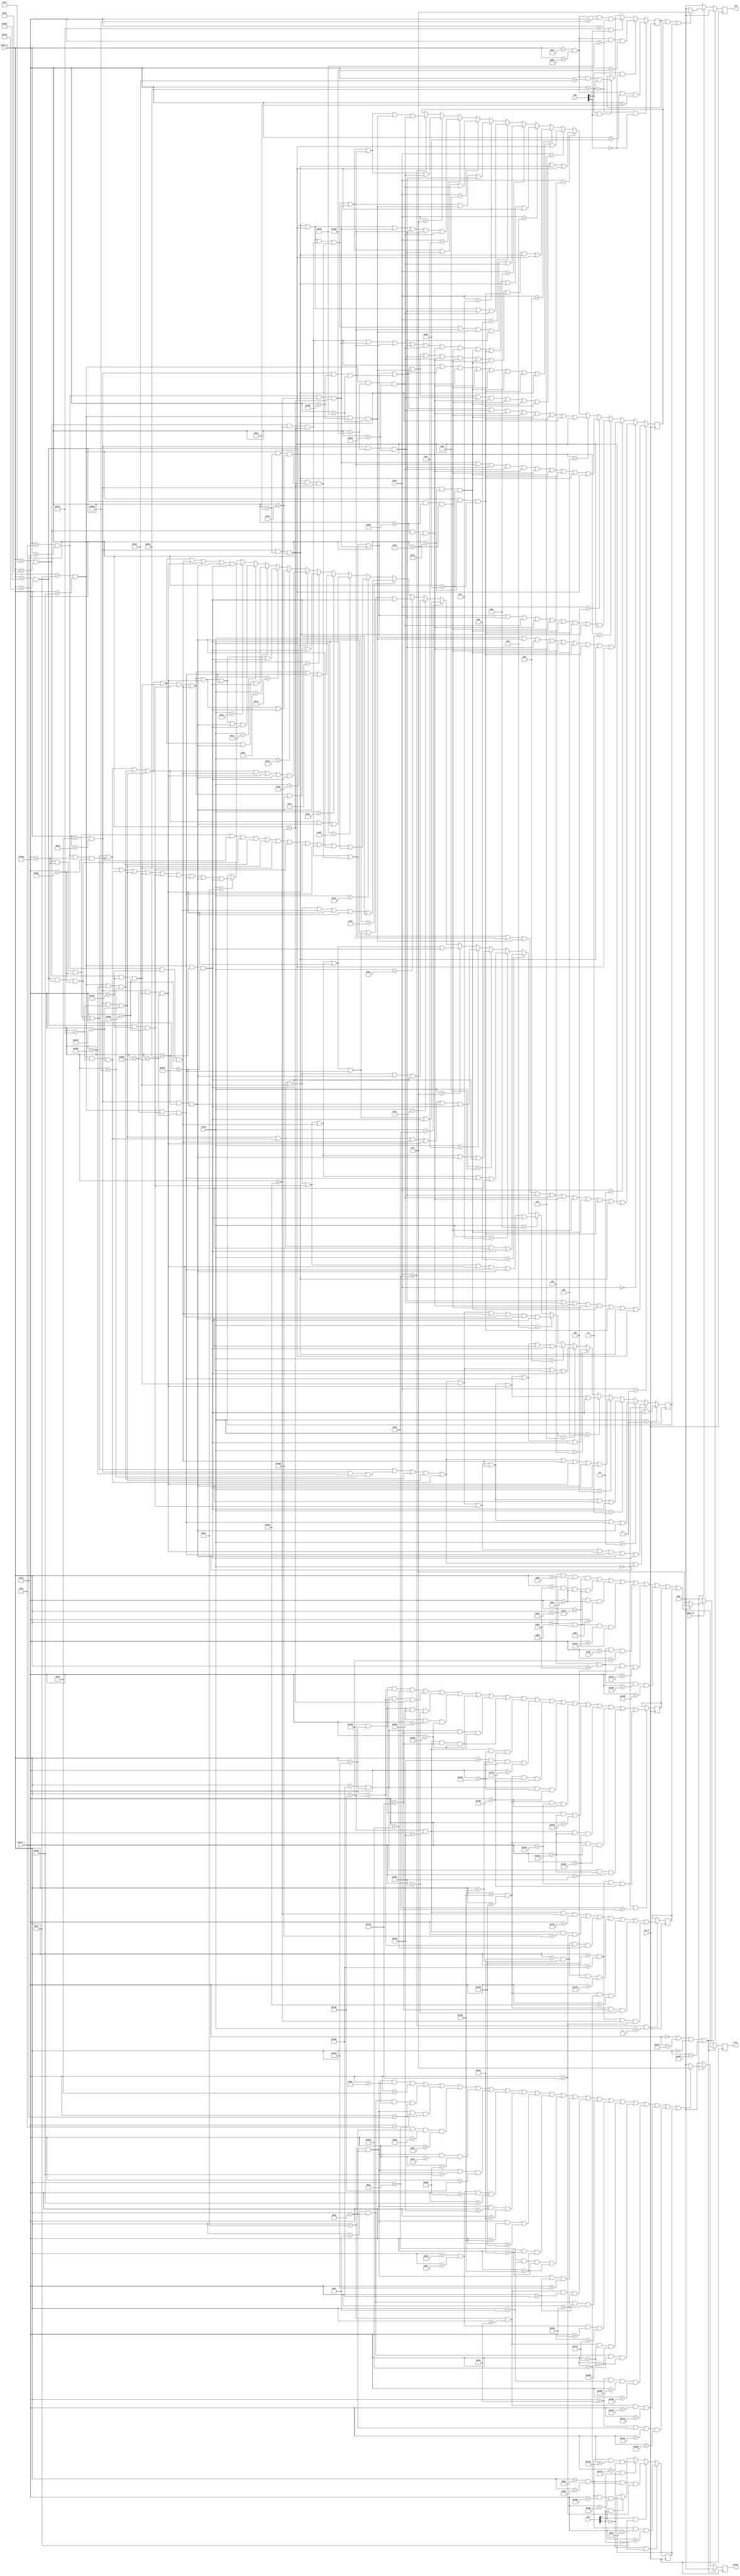
`timescale 1ns / 1ps
//////////////////////////////////////////////////////////////////////////////////
// Company: 
// Engineer: 
// 
// Design Name: 
// Module Name: pixel_gen
// Project Name: 
// Target Devices: 
// Tool Versions: 
// Description: 
// 
// Dependencies: 
// 
// Revision:
// Revision 0.01 - File Created
// Additional Comments:
// 
//////////////////////////////////////////////////////////////////////////////////


module pixel_gen(
  input [4:0] ttime,
  input [4:0] count,
  input [1:0] num,
  input [1:0] pos,
  input clk_d,
  input [9:0] pixel_x,
  input [9:0] pixel_y,
  input video_on,

  output reg [3:0]red = 0,
  output reg [3:0]green = 0,
  output reg [3:0]blue = 0
  
);
  reg a;
  reg b;
  reg c;
  reg d;
  reg e;
  reg f;
  /*box 1
pixel_y > 98 && pixel_y < 138 && pixel_x > 198 && pixel_x < 238 ||
//box 2
pixel_y > 98 && pixel_y < 138 && pixel_x > 266 && pixel_x < 306 ||
//box 3
pixel_y > 98 && pixel_y < 138 && pixel_x > 334 && pixel_x < 374 ||
//box 4
pixel_y > 98 && pixel_y < 138 && pixel_x > 402 && pixel_x < 442 || */
  always @ (posedge clk_d)
      begin 
      if (pos[0] == 0 && pos[1] == 0)
          begin
        // a <=  pixel_x > 32 && pixel_x < 117 && pixel_y > 32 && pixel_y < 117;
        a <= pixel_y > 98 && pixel_y < 138 && pixel_x > 198 && pixel_x < 238;
          end
      else if (pos[0] == 1 && pos[1] == 0)
          begin
          //a <= pixel_x > 32 && pixel_x < 117 && pixel_y > 129 && pixel_y < 214;
          a<= pixel_y > 98 && pixel_y < 138 && pixel_x > 266 && pixel_x < 306;
          end
        else if (pos[0] == 0 && pos[1] == 1)
          begin
         // a <= pixel_x > 32 && pixel_x < 117 && pixel_y > 226 && pixel_y < 311;
         a<= pixel_y > 98 && pixel_y < 138 && pixel_x > 334 && pixel_x < 374;
          end 
        else if (pos[0] == 1 && pos[1] == 1)
          begin
          a<= pixel_y > 98 && pixel_y < 138 && pixel_x > 402 && pixel_x < 442;
          //a <= pixel_x > 32 && pixel_x < 117 && pixel_y > 323 && pixel_y < 408;
          end 
          
          
        if (num[0] == 0 && num[1] == 0)
          begin
            //  b <=  pixel_x > 52 && pixel_x < 97 && pixel_y > 52 && pixel_y < 97;
            b <= pixel_y > 103 && pixel_y < 133 && pixel_x > 203 && pixel_x < 233 ;
          end
      else if (num[0] == 1 && num[1] == 0)
          begin
             //b <= pixel_x > 52 && pixel_x < 97 && pixel_y > 149 && pixel_y < 194;
             b <= pixel_y > 103 && pixel_y < 133 && pixel_x > 271 && pixel_x < 301;
          end
        else if (num[0] == 0 && num[1] == 1)
          begin
            // b <= pixel_x > 52 && pixel_x < 97 && pixel_y > 246 && pixel_y < 291;
            b <= pixel_y > 103 && pixel_y < 133 && pixel_x > 339 && pixel_x < 369;
          end 
        else if (num[0] == 1 && num[1] == 1)
          begin
            //b <= pixel_x > 52 && pixel_x < 97 && pixel_y > 343 && pixel_y < 388;
            b <= pixel_y > 103 && pixel_y < 133 && pixel_x > 407 && pixel_x < 437 ;
          end
          
          if (count == 1)
          begin
            c <= 
//5
pixel_y > 200 && pixel_y < 232 && pixel_x > 301 && pixel_x < 311 ||
//7
pixel_y > 238 && pixel_y < 270 && pixel_x > 301 && pixel_x < 311 || //1
pixel_y > 195 && pixel_y < 205 && pixel_x > 208 && pixel_x < 228 ||
//3
pixel_y > 265 && pixel_y < 275 && pixel_x > 208 && pixel_x < 228 ||
//4
pixel_y > 200 && pixel_y < 232 && pixel_x > 193 && pixel_x < 203 ||
//6
pixel_y > 238 && pixel_y < 270 && pixel_x > 193 && pixel_x < 203 ||
//5
pixel_y > 200 && pixel_y < 232 && pixel_x > 233 && pixel_x < 243 ||
//7
pixel_y > 238 && pixel_y < 270 && pixel_x > 233 && pixel_x < 243; 
          end
          else if (count == 0)
          begin
          c <= pixel_y > 195 && pixel_y < 205 && pixel_x > 276 && pixel_x < 296 ||
//3
pixel_y > 265 && pixel_y < 275 && pixel_x > 276 && pixel_x < 296 ||
//4
pixel_y > 200 && pixel_y < 232 && pixel_x > 261 && pixel_x < 271 ||
//6
pixel_y > 238 && pixel_y < 270 && pixel_x > 261 && pixel_x < 271 ||
//5
pixel_y > 200 && pixel_y < 232 && pixel_x > 301 && pixel_x < 311 ||
//7
pixel_y > 238 && pixel_y < 270 && pixel_x > 301 && pixel_x < 311 || //1

pixel_y > 195 && pixel_y < 205 && pixel_x > 208 && pixel_x < 228 ||
//3
pixel_y > 265 && pixel_y < 275 && pixel_x > 208 && pixel_x < 228 ||
//4
pixel_y > 200 && pixel_y < 232 && pixel_x > 193 && pixel_x < 203 ||
//6
pixel_y > 238 && pixel_y < 270 && pixel_x > 193 && pixel_x < 203 ||
//5
pixel_y > 200 && pixel_y < 232 && pixel_x > 233 && pixel_x < 243 ||
//7
pixel_y > 238 && pixel_y < 270 && pixel_x > 233 && pixel_x < 243 ; 
          
          end 
          else if (count == 2)
          begin
            c <= 
 //1
pixel_y > 195 && pixel_y < 205 && pixel_x > 276 && pixel_x < 296 ||
//3
pixel_y > 265 && pixel_y < 275 && pixel_x > 276 && pixel_x < 296 ||
//2
pixel_y > 230 && pixel_y < 240 && pixel_x > 276 && pixel_x < 296 ||

//6
pixel_y > 238 && pixel_y < 270 && pixel_x > 261 && pixel_x < 271 ||
//5
pixel_y > 200 && pixel_y < 232 && pixel_x > 301 && pixel_x < 311 || //1
pixel_y > 195 && pixel_y < 205 && pixel_x > 208 && pixel_x < 228 ||
//3
pixel_y > 265 && pixel_y < 275 && pixel_x > 208 && pixel_x < 228 ||
//4
pixel_y > 200 && pixel_y < 232 && pixel_x > 193 && pixel_x < 203 ||
//6
pixel_y > 238 && pixel_y < 270 && pixel_x > 193 && pixel_x < 203 ||
//5
pixel_y > 200 && pixel_y < 232 && pixel_x > 233 && pixel_x < 243 ||
//7
pixel_y > 238 && pixel_y < 270 && pixel_x > 233 && pixel_x < 243;
          end
        else if (count == 3) 
          begin
            c <= 
 //1
pixel_y > 195 && pixel_y < 205 && pixel_x > 276 && pixel_x < 296 ||
//3
pixel_y > 265 && pixel_y < 275 && pixel_x > 276 && pixel_x < 296 ||
//2
pixel_y > 230 && pixel_y < 240 && pixel_x > 276 && pixel_x < 296 ||

//5
pixel_y > 200 && pixel_y < 232 && pixel_x > 301 && pixel_x < 311 ||
//7
pixel_y > 238 && pixel_y < 270 && pixel_x > 301 && pixel_x < 311 || //1
pixel_y > 195 && pixel_y < 205 && pixel_x > 208 && pixel_x < 228 ||
//3
pixel_y > 265 && pixel_y < 275 && pixel_x > 208 && pixel_x < 228 ||
//4
pixel_y > 200 && pixel_y < 232 && pixel_x > 193 && pixel_x < 203 ||
//6
pixel_y > 238 && pixel_y < 270 && pixel_x > 193 && pixel_x < 203 ||
//5
pixel_y > 200 && pixel_y < 232 && pixel_x > 233 && pixel_x < 243 ||
//7
pixel_y > 238 && pixel_y < 270 && pixel_x > 233 && pixel_x < 243; 
          end
          else if (count == 4)
          begin
            c <= 
//2
pixel_y > 230 && pixel_y < 240 && pixel_x > 276 && pixel_x < 296 ||
//4
pixel_y > 200 && pixel_y < 232 && pixel_x > 261 && pixel_x < 271 ||

//5
pixel_y > 200 && pixel_y < 232 && pixel_x > 301 && pixel_x < 311 ||
//7
pixel_y > 238 && pixel_y < 270 && pixel_x > 301 && pixel_x < 311 || //1
pixel_y > 195 && pixel_y < 205 && pixel_x > 208 && pixel_x < 228 ||
//3
pixel_y > 265 && pixel_y < 275 && pixel_x > 208 && pixel_x < 228 ||
//4
pixel_y > 200 && pixel_y < 232 && pixel_x > 193 && pixel_x < 203 ||
//6
pixel_y > 238 && pixel_y < 270 && pixel_x > 193 && pixel_x < 203 ||
//5
pixel_y > 200 && pixel_y < 232 && pixel_x > 233 && pixel_x < 243 ||
//7
pixel_y > 238 && pixel_y < 270 && pixel_x > 233 && pixel_x < 243; 


          end
          else if (count == 5)
          begin
            c <= 
 //1
pixel_y > 195 && pixel_y < 205 && pixel_x > 276 && pixel_x < 296 ||
//3
pixel_y > 265 && pixel_y < 275 && pixel_x > 276 && pixel_x < 296 ||
//2
pixel_y > 230 && pixel_y < 240 && pixel_x > 276 && pixel_x < 296 ||
//4
pixel_y > 200 && pixel_y < 232 && pixel_x > 261 && pixel_x < 271 ||


//7
pixel_y > 238 && pixel_y < 270 && pixel_x > 301 && pixel_x < 311 || //1
pixel_y > 195 && pixel_y < 205 && pixel_x > 208 && pixel_x < 228 ||
//3
pixel_y > 265 && pixel_y < 275 && pixel_x > 208 && pixel_x < 228 ||
//4
pixel_y > 200 && pixel_y < 232 && pixel_x > 193 && pixel_x < 203 ||
//6
pixel_y > 238 && pixel_y < 270 && pixel_x > 193 && pixel_x < 203 ||
//5
pixel_y > 200 && pixel_y < 232 && pixel_x > 233 && pixel_x < 243 ||
//7
pixel_y > 238 && pixel_y < 270 && pixel_x > 233 && pixel_x < 243; 
          end
          else if (count == 6)
          begin
            c <= 
 //1
pixel_y > 195 && pixel_y < 205 && pixel_x > 276 && pixel_x < 296 ||
//3
pixel_y > 265 && pixel_y < 275 && pixel_x > 276 && pixel_x < 296 ||
//2
pixel_y > 230 && pixel_y < 240 && pixel_x > 276 && pixel_x < 296 ||
//4
pixel_y > 200 && pixel_y < 232 && pixel_x > 261 && pixel_x < 271 ||
//6
pixel_y > 238 && pixel_y < 270 && pixel_x > 261 && pixel_x < 271 ||

//7
pixel_y > 238 && pixel_y < 270 && pixel_x > 301 && pixel_x < 311 || //1
pixel_y > 195 && pixel_y < 205 && pixel_x > 208 && pixel_x < 228 ||
//3
pixel_y > 265 && pixel_y < 275 && pixel_x > 208 && pixel_x < 228 ||
//4
pixel_y > 200 && pixel_y < 232 && pixel_x > 193 && pixel_x < 203 ||
//6
pixel_y > 238 && pixel_y < 270 && pixel_x > 193 && pixel_x < 203 ||
//5
pixel_y > 200 && pixel_y < 232 && pixel_x > 233 && pixel_x < 243 ||
//7
pixel_y > 238 && pixel_y < 270 && pixel_x > 233 && pixel_x < 243; 
          end
          else if (count == 7)
          begin
            c <= 
 //1
pixel_y > 195 && pixel_y < 205 && pixel_x > 276 && pixel_x < 296 ||




//5
pixel_y > 200 && pixel_y < 232 && pixel_x > 301 && pixel_x < 311 ||
//7
pixel_y > 238 && pixel_y < 270 && pixel_x > 301 && pixel_x < 311 || //1
pixel_y > 195 && pixel_y < 205 && pixel_x > 208 && pixel_x < 228 ||
//3
pixel_y > 265 && pixel_y < 275 && pixel_x > 208 && pixel_x < 228 ||
//4
pixel_y > 200 && pixel_y < 232 && pixel_x > 193 && pixel_x < 203 ||
//6
pixel_y > 238 && pixel_y < 270 && pixel_x > 193 && pixel_x < 203 ||
//5
pixel_y > 200 && pixel_y < 232 && pixel_x > 233 && pixel_x < 243 ||
//7
pixel_y > 238 && pixel_y < 270 && pixel_x > 233 && pixel_x < 243; 
          end
          else if (count == 8)
          begin
            c <= 
 //1
pixel_y > 195 && pixel_y < 205 && pixel_x > 276 && pixel_x < 296 ||
//3
pixel_y > 265 && pixel_y < 275 && pixel_x > 276 && pixel_x < 296 ||
//2
pixel_y > 230 && pixel_y < 240 && pixel_x > 276 && pixel_x < 296 ||
//4
pixel_y > 200 && pixel_y < 232 && pixel_x > 261 && pixel_x < 271 ||
//6
pixel_y > 238 && pixel_y < 270 && pixel_x > 261 && pixel_x < 271 ||
//5
pixel_y > 200 && pixel_y < 232 && pixel_x > 301 && pixel_x < 311 ||
//7
pixel_y > 238 && pixel_y < 270 && pixel_x > 301 && pixel_x < 311 || //1
pixel_y > 195 && pixel_y < 205 && pixel_x > 208 && pixel_x < 228 ||
//3
pixel_y > 265 && pixel_y < 275 && pixel_x > 208 && pixel_x < 228 ||
//4
pixel_y > 200 && pixel_y < 232 && pixel_x > 193 && pixel_x < 203 ||
//6
pixel_y > 238 && pixel_y < 270 && pixel_x > 193 && pixel_x < 203 ||
//5
pixel_y > 200 && pixel_y < 232 && pixel_x > 233 && pixel_x < 243 ||
//7
pixel_y > 238 && pixel_y < 270 && pixel_x > 233 && pixel_x < 243; 
          end
          else if (count == 9)
          begin
            c <= 
 //1
pixel_y > 195 && pixel_y < 205 && pixel_x > 276 && pixel_x < 296 ||
//2
pixel_y > 230 && pixel_y < 240 && pixel_x > 276 && pixel_x < 296 ||
//4
pixel_y > 200 && pixel_y < 232 && pixel_x > 261 && pixel_x < 271 ||

//5
pixel_y > 200 && pixel_y < 232 && pixel_x > 301 && pixel_x < 311 ||
//7
pixel_y > 238 && pixel_y < 270 && pixel_x > 301 && pixel_x < 311 || //1
pixel_y > 195 && pixel_y < 205 && pixel_x > 208 && pixel_x < 228 ||
//3
pixel_y > 265 && pixel_y < 275 && pixel_x > 208 && pixel_x < 228 ||
//4
pixel_y > 200 && pixel_y < 232 && pixel_x > 193 && pixel_x < 203 ||
//6
pixel_y > 238 && pixel_y < 270 && pixel_x > 193 && pixel_x < 203 ||
//5
pixel_y > 200 && pixel_y < 232 && pixel_x > 233 && pixel_x < 243 ||
//7
pixel_y > 238 && pixel_y < 270 && pixel_x > 233 && pixel_x < 243; 
          end
          
          else if (count == 10)
          begin 
         c <= 
//5
pixel_y > 200 && pixel_y < 232 && pixel_x > 233 && pixel_x < 243 ||
//7
pixel_y > 238 && pixel_y < 270 && pixel_x > 233 && pixel_x < 243 || 

pixel_y > 195 && pixel_y < 205 && pixel_x > 276 && pixel_x < 296 ||
//3
pixel_y > 265 && pixel_y < 275 && pixel_x > 276 && pixel_x < 296 ||
//4
pixel_y > 200 && pixel_y < 232 && pixel_x > 261 && pixel_x < 271 ||
//6
pixel_y > 238 && pixel_y < 270 && pixel_x > 261 && pixel_x < 271 ||
//5
pixel_y > 200 && pixel_y < 232 && pixel_x > 301 && pixel_x < 311 ||
//7
pixel_y > 238 && pixel_y < 270 && pixel_x > 301 && pixel_x < 311;
          end 
          else if (count == 11)
          begin 
          c <=
          //number 1
           //1

//5
pixel_y > 200 && pixel_y < 232 && pixel_x > 233 && pixel_x < 243 ||
//7
pixel_y > 238 && pixel_y < 270 && pixel_x > 233 && pixel_x < 243 ||  
       //number 2   
         
//5
pixel_y > 200 && pixel_y < 232 && pixel_x > 301 && pixel_x < 311 ||
//7
pixel_y > 238 && pixel_y < 270 && pixel_x > 301 && pixel_x < 311;
          
    
          end
          
          else if (count == 12)
          begin 
          c <=
          //number 1
          
//5
pixel_y > 200 && pixel_y < 232 && pixel_x > 233 && pixel_x < 243 ||
//7
pixel_y > 238 && pixel_y < 270 && pixel_x > 233 && pixel_x < 243 ||  
       //number 2   
          //1
pixel_y > 195 && pixel_y < 205 && pixel_x > 276 && pixel_x < 296 ||
//3
pixel_y > 265 && pixel_y < 275 && pixel_x > 276 && pixel_x < 296 ||
//2
pixel_y > 230 && pixel_y < 240 && pixel_x > 276 && pixel_x < 296 ||

//6
pixel_y > 238 && pixel_y < 270 && pixel_x > 261 && pixel_x < 271 ||
//5
pixel_y > 200 && pixel_y < 232 && pixel_x > 301 && pixel_x < 311;
          
          end
          else if (count == 13)
          begin 
          c <=
          //number 1

//5
pixel_y > 200 && pixel_y < 232 && pixel_x > 233 && pixel_x < 243 ||
//7
pixel_y > 238 && pixel_y < 270 && pixel_x > 233 && pixel_x < 243 ||  
       //number 2   
          //1
pixel_y > 195 && pixel_y < 205 && pixel_x > 276 && pixel_x < 296 ||
//3
pixel_y > 265 && pixel_y < 275 && pixel_x > 276 && pixel_x < 296 ||
//2
pixel_y > 230 && pixel_y < 240 && pixel_x > 276 && pixel_x < 296 ||


//5
pixel_y > 200 && pixel_y < 232 && pixel_x > 301 && pixel_x < 311 ||
//7
pixel_y > 238 && pixel_y < 270 && pixel_x > 301 && pixel_x < 311;
          
          
          
          
          end
          
          else if (count == 14)
          begin 
          c <=
          //number 1
           //1

//5
pixel_y > 200 && pixel_y < 232 && pixel_x > 233 && pixel_x < 243 ||
//7
pixel_y > 238 && pixel_y < 270 && pixel_x > 233 && pixel_x < 243 ||  
       //number 2   
          

//2
pixel_y > 230 && pixel_y < 240 && pixel_x > 276 && pixel_x < 296 ||
//4
pixel_y > 200 && pixel_y < 232 && pixel_x > 261 && pixel_x < 271 ||

//5
pixel_y > 200 && pixel_y < 232 && pixel_x > 301 && pixel_x < 311 ||
//7
pixel_y > 238 && pixel_y < 270 && pixel_x > 301 && pixel_x < 311;
          
          
          
          end
          
          else if (count == 15)
          begin 
          c <=
          //number 1
           //1
//5
pixel_y > 200 && pixel_y < 232 && pixel_x > 233 && pixel_x < 243 ||
//7
pixel_y > 238 && pixel_y < 270 && pixel_x > 233 && pixel_x < 243 ||  
       //number 2   
          //1
pixel_y > 195 && pixel_y < 205 && pixel_x > 276 && pixel_x < 296 ||
//3
pixel_y > 265 && pixel_y < 275 && pixel_x > 276 && pixel_x < 296 ||
//2
pixel_y > 230 && pixel_y < 240 && pixel_x > 276 && pixel_x < 296 ||
//4
pixel_y > 200 && pixel_y < 232 && pixel_x > 261 && pixel_x < 271 ||
//7
pixel_y > 238 && pixel_y < 270 && pixel_x > 301 && pixel_x < 311;
          
          
          
          
          end
          else if (count >= 16)
          begin 
          c <=
          //number 1
           //1

//5
pixel_y > 200 && pixel_y < 232 && pixel_x > 233 && pixel_x < 243 ||
//7
pixel_y > 238 && pixel_y < 270 && pixel_x > 233 && pixel_x < 243 ||  
       //number 2   
          //1
pixel_y > 195 && pixel_y < 205 && pixel_x > 276 && pixel_x < 296 ||
//3
pixel_y > 265 && pixel_y < 275 && pixel_x > 276 && pixel_x < 296 ||
//2
pixel_y > 230 && pixel_y < 240 && pixel_x > 276 && pixel_x < 296 ||
//4
pixel_y > 200 && pixel_y < 232 && pixel_x > 261 && pixel_x < 271 ||
//6
pixel_y > 238 && pixel_y < 270 && pixel_x > 261 && pixel_x < 271 ||

//7
pixel_y > 238 && pixel_y < 270 && pixel_x > 301 && pixel_x < 311;
          
          
          end
          
          
          
          
          if (ttime == 1)
          begin
            d <= 
            // //1
pixel_y > 195 && pixel_y < 205 && pixel_x > 344 && pixel_x < 364 ||
////3
pixel_y > 265 && pixel_y < 275 && pixel_x > 344 && pixel_x < 364 ||
////4
pixel_y > 200 && pixel_y < 232 && pixel_x > 329 && pixel_x < 339 ||
////6
pixel_y > 238 && pixel_y < 270 && pixel_x > 329 && pixel_x < 339 ||
////5
pixel_y > 200 && pixel_y < 232 && pixel_x > 369 && pixel_x < 379 ||
////7
pixel_y > 238 && pixel_y < 270 && pixel_x > 369 && pixel_x < 379 ||

//5
pixel_y > 200 && pixel_y < 232 && pixel_x > 437 && pixel_x < 447 ||
//7
pixel_y > 238 && pixel_y < 270 && pixel_x > 437 && pixel_x < 447;

          end
else if (ttime == 0)
          begin
            // //1
d <= pixel_y > 195 && pixel_y < 205 && pixel_x > 344 && pixel_x < 364 ||
////3
pixel_y > 265 && pixel_y < 275 && pixel_x > 344 && pixel_x < 364 ||
////4
pixel_y > 200 && pixel_y < 232 && pixel_x > 329 && pixel_x < 339 ||
////6
pixel_y > 238 && pixel_y < 270 && pixel_x > 329 && pixel_x < 339 ||
////5
pixel_y > 200 && pixel_y < 232 && pixel_x > 369 && pixel_x < 379 ||
////7
pixel_y > 238 && pixel_y < 270 && pixel_x > 369 && pixel_x < 379 ||
//1
pixel_y > 195 && pixel_y < 205 && pixel_x > 412 && pixel_x < 432 ||
//3
pixel_y > 265 && pixel_y < 275 && pixel_x > 412 && pixel_x < 432 ||
//4
pixel_y > 200 && pixel_y < 232 && pixel_x > 397 && pixel_x < 407 ||
//6
pixel_y > 238 && pixel_y < 270 && pixel_x > 397 && pixel_x < 407 ||
//5
pixel_y > 200 && pixel_y < 232 && pixel_x > 437 && pixel_x < 447 ||
//7
pixel_y > 238 && pixel_y < 270 && pixel_x > 437 && pixel_x < 447;
          
          end 
else if (ttime == 2)
          begin
            d <= 
// //1
pixel_y > 195 && pixel_y < 205 && pixel_x > 344 && pixel_x < 364 ||
////3
pixel_y > 265 && pixel_y < 275 && pixel_x > 344 && pixel_x < 364 ||
////4
pixel_y > 200 && pixel_y < 232 && pixel_x > 329 && pixel_x < 339 ||
////6
pixel_y > 238 && pixel_y < 270 && pixel_x > 329 && pixel_x < 339 ||
////5
pixel_y > 200 && pixel_y < 232 && pixel_x > 369 && pixel_x < 379 ||
////7
pixel_y > 238 && pixel_y < 270 && pixel_x > 369 && pixel_x < 379 ||
//1
pixel_y > 195 && pixel_y < 205 && pixel_x > 412 && pixel_x < 432 ||
//3
pixel_y > 265 && pixel_y < 275 && pixel_x > 412 && pixel_x < 432 ||
//2
pixel_y > 230 && pixel_y < 240 && pixel_x > 412 && pixel_x < 432 ||
//6
pixel_y > 238 && pixel_y < 270 && pixel_x > 397 && pixel_x < 407 ||
//5
pixel_y > 200 && pixel_y < 232 && pixel_x > 437 && pixel_x < 447;
 
          end

else if (ttime == 3)
          begin
            d <= 
            // //1
pixel_y > 195 && pixel_y < 205 && pixel_x > 344 && pixel_x < 364 ||
////3
pixel_y > 265 && pixel_y < 275 && pixel_x > 344 && pixel_x < 364 ||
////4
pixel_y > 200 && pixel_y < 232 && pixel_x > 329 && pixel_x < 339 ||
////6
pixel_y > 238 && pixel_y < 270 && pixel_x > 329 && pixel_x < 339 ||
////5
pixel_y > 200 && pixel_y < 232 && pixel_x > 369 && pixel_x < 379 ||
////7
pixel_y > 238 && pixel_y < 270 && pixel_x > 369 && pixel_x < 379 ||
//1
pixel_y > 195 && pixel_y < 205 && pixel_x > 412 && pixel_x < 432 ||
//3
pixel_y > 265 && pixel_y < 275 && pixel_x > 412 && pixel_x < 432 ||
//2
pixel_y > 230 && pixel_y < 240 && pixel_x > 412 && pixel_x < 432 ||
//5
pixel_y > 200 && pixel_y < 232 && pixel_x > 437 && pixel_x < 447 ||
//7
pixel_y > 238 && pixel_y < 270 && pixel_x > 437 && pixel_x < 447;


          end



else if (ttime == 4)
          begin
            d <= 
            // //1
pixel_y > 195 && pixel_y < 205 && pixel_x > 344 && pixel_x < 364 ||
////3
pixel_y > 265 && pixel_y < 275 && pixel_x > 344 && pixel_x < 364 ||
////4
pixel_y > 200 && pixel_y < 232 && pixel_x > 329 && pixel_x < 339 ||
////6
pixel_y > 238 && pixel_y < 270 && pixel_x > 329 && pixel_x < 339 ||
////5
pixel_y > 200 && pixel_y < 232 && pixel_x > 369 && pixel_x < 379 ||
////7
pixel_y > 238 && pixel_y < 270 && pixel_x > 369 && pixel_x < 379 ||

//2
pixel_y > 230 && pixel_y < 240 && pixel_x > 412 && pixel_x < 432 ||
//4
pixel_y > 200 && pixel_y < 232 && pixel_x > 397 && pixel_x < 407 ||

//5
pixel_y > 200 && pixel_y < 232 && pixel_x > 437 && pixel_x < 447 ||
//7
pixel_y > 238 && pixel_y < 270 && pixel_x > 437 && pixel_x < 447;


          end
else if (ttime == 5)
          begin
            d <= 
            // //1
pixel_y > 195 && pixel_y < 205 && pixel_x > 344 && pixel_x < 364 ||
////3
pixel_y > 265 && pixel_y < 275 && pixel_x > 344 && pixel_x < 364 ||
////4
pixel_y > 200 && pixel_y < 232 && pixel_x > 329 && pixel_x < 339 ||
////6
pixel_y > 238 && pixel_y < 270 && pixel_x > 329 && pixel_x < 339 ||
////5
pixel_y > 200 && pixel_y < 232 && pixel_x > 369 && pixel_x < 379 ||
////7
pixel_y > 238 && pixel_y < 270 && pixel_x > 369 && pixel_x < 379 ||
//1
pixel_y > 195 && pixel_y < 205 && pixel_x > 412 && pixel_x < 432 ||
//3
pixel_y > 265 && pixel_y < 275 && pixel_x > 412 && pixel_x < 432 ||
//2
pixel_y > 230 && pixel_y < 240 && pixel_x > 412 && pixel_x < 432 ||
//4
pixel_y > 200 && pixel_y < 232 && pixel_x > 397 && pixel_x < 407 ||
//7
pixel_y > 238 && pixel_y < 270 && pixel_x > 437 && pixel_x < 447;
 
          end
else if (ttime == 6)
          begin
            d <= 
            // //1
pixel_y > 195 && pixel_y < 205 && pixel_x > 344 && pixel_x < 364 ||
////3
pixel_y > 265 && pixel_y < 275 && pixel_x > 344 && pixel_x < 364 ||
////4
pixel_y > 200 && pixel_y < 232 && pixel_x > 329 && pixel_x < 339 ||
////6
pixel_y > 238 && pixel_y < 270 && pixel_x > 329 && pixel_x < 339 ||
////5
pixel_y > 200 && pixel_y < 232 && pixel_x > 369 && pixel_x < 379 ||
////7
pixel_y > 238 && pixel_y < 270 && pixel_x > 369 && pixel_x < 379 ||
//1
pixel_y > 195 && pixel_y < 205 && pixel_x > 412 && pixel_x < 432 ||
//3
pixel_y > 265 && pixel_y < 275 && pixel_x > 412 && pixel_x < 432 ||
//2
pixel_y > 230 && pixel_y < 240 && pixel_x > 412 && pixel_x < 432 ||
//4
pixel_y > 200 && pixel_y < 232 && pixel_x > 397 && pixel_x < 407 ||
//6
pixel_y > 238 && pixel_y < 270 && pixel_x > 397 && pixel_x < 407 ||
//7
pixel_y > 238 && pixel_y < 270 && pixel_x > 437 && pixel_x < 447;
 
          end
else if (ttime == 7)
          begin
            d <= 
// //1
pixel_y > 195 && pixel_y < 205 && pixel_x > 344 && pixel_x < 364 ||
////3
pixel_y > 265 && pixel_y < 275 && pixel_x > 344 && pixel_x < 364 ||
////4
pixel_y > 200 && pixel_y < 232 && pixel_x > 329 && pixel_x < 339 ||
////6
pixel_y > 238 && pixel_y < 270 && pixel_x > 329 && pixel_x < 339 ||
////5
pixel_y > 200 && pixel_y < 232 && pixel_x > 369 && pixel_x < 379 ||
////7
pixel_y > 238 && pixel_y < 270 && pixel_x > 369 && pixel_x < 379 ||
//1
pixel_y > 195 && pixel_y < 205 && pixel_x > 412 && pixel_x < 432 ||



//5
pixel_y > 200 && pixel_y < 232 && pixel_x > 437 && pixel_x < 447 ||
//7
pixel_y > 238 && pixel_y < 270 && pixel_x > 437 && pixel_x < 447;
 
          end
else if (ttime == 8)
          begin
            d <= 
            // //1
pixel_y > 195 && pixel_y < 205 && pixel_x > 344 && pixel_x < 364 ||
////3
pixel_y > 265 && pixel_y < 275 && pixel_x > 344 && pixel_x < 364 ||
////4
pixel_y > 200 && pixel_y < 232 && pixel_x > 329 && pixel_x < 339 ||
////6
pixel_y > 238 && pixel_y < 270 && pixel_x > 329 && pixel_x < 339 ||
////5
pixel_y > 200 && pixel_y < 232 && pixel_x > 369 && pixel_x < 379 ||
////7
pixel_y > 238 && pixel_y < 270 && pixel_x > 369 && pixel_x < 379 ||
//1
pixel_y > 195 && pixel_y < 205 && pixel_x > 412 && pixel_x < 432 ||
//3
pixel_y > 265 && pixel_y < 275 && pixel_x > 412 && pixel_x < 432 ||
//2
pixel_y > 230 && pixel_y < 240 && pixel_x > 412 && pixel_x < 432 ||
//4
pixel_y > 200 && pixel_y < 232 && pixel_x > 397 && pixel_x < 407 ||
//6
pixel_y > 238 && pixel_y < 270 && pixel_x > 397 && pixel_x < 407 ||
//5
pixel_y > 200 && pixel_y < 232 && pixel_x > 437 && pixel_x < 447 ||
//7
pixel_y > 238 && pixel_y < 270 && pixel_x > 437 && pixel_x < 447;


          end
else if (ttime == 9)
          begin
            d <= 
            // //1
pixel_y > 195 && pixel_y < 205 && pixel_x > 344 && pixel_x < 364 ||
////3
pixel_y > 265 && pixel_y < 275 && pixel_x > 344 && pixel_x < 364 ||
////4
pixel_y > 200 && pixel_y < 232 && pixel_x > 329 && pixel_x < 339 ||
////6
pixel_y > 238 && pixel_y < 270 && pixel_x > 329 && pixel_x < 339 ||
////5
pixel_y > 200 && pixel_y < 232 && pixel_x > 369 && pixel_x < 379 ||
////7
pixel_y > 238 && pixel_y < 270 && pixel_x > 369 && pixel_x < 379 ||
//1
pixel_y > 195 && pixel_y < 205 && pixel_x > 412 && pixel_x < 432 ||
//2
pixel_y > 230 && pixel_y < 240 && pixel_x > 412 && pixel_x < 432 ||
//4
pixel_y > 200 && pixel_y < 232 && pixel_x > 397 && pixel_x < 407 ||

//5
pixel_y > 200 && pixel_y < 232 && pixel_x > 437 && pixel_x < 447 ||
//7
pixel_y > 238 && pixel_y < 270 && pixel_x > 437 && pixel_x < 447;
 
          end
          
else if (ttime == 10)
          begin 
         d <= 
            ////5
pixel_y > 200 && pixel_y < 232 && pixel_x > 369 && pixel_x < 379 ||
////7
pixel_y > 238 && pixel_y < 270 && pixel_x > 369 && pixel_x < 379 ||
//1
pixel_y > 195 && pixel_y < 205 && pixel_x > 412 && pixel_x < 432 ||
//3
pixel_y > 265 && pixel_y < 275 && pixel_x > 412 && pixel_x < 432 ||
//4
pixel_y > 200 && pixel_y < 232 && pixel_x > 397 && pixel_x < 407 ||
//6
pixel_y > 238 && pixel_y < 270 && pixel_x > 397 && pixel_x < 407 ||
//5
pixel_y > 200 && pixel_y < 232 && pixel_x > 437 && pixel_x < 447 ||
//7
pixel_y > 238 && pixel_y < 270 && pixel_x > 437 && pixel_x < 447;

          end 
else if (ttime== 11)
          begin 
          d <=
            ////5
pixel_y > 200 && pixel_y < 232 && pixel_x > 369 && pixel_x < 379 ||
////7
pixel_y > 238 && pixel_y < 270 && pixel_x > 369 && pixel_x < 379 ||

//5
pixel_y > 200 && pixel_y < 232 && pixel_x > 437 && pixel_x < 447 ||
//7
pixel_y > 238 && pixel_y < 270 && pixel_x > 437 && pixel_x < 447;
          end
          
          else if (ttime== 12)
          begin 
          d <= 
            ////5
pixel_y > 200 && pixel_y < 232 && pixel_x > 369 && pixel_x < 379 ||
////7
pixel_y > 238 && pixel_y < 270 && pixel_x > 369 && pixel_x < 379 ||
//1
pixel_y > 195 && pixel_y < 205 && pixel_x > 412 && pixel_x < 432 ||
//3
pixel_y > 265 && pixel_y < 275 && pixel_x > 412 && pixel_x < 432 ||
//2
pixel_y > 230 && pixel_y < 240 && pixel_x > 412 && pixel_x < 432 ||
//6
pixel_y > 238 && pixel_y < 270 && pixel_x > 397 && pixel_x < 407 ||
//5
pixel_y > 200 && pixel_y < 232 && pixel_x > 437 && pixel_x < 447;
            
          end

else if (ttime== 13)
          begin 
          d <= 
            ////5
pixel_y > 200 && pixel_y < 232 && pixel_x > 369 && pixel_x < 379 ||
////7
pixel_y > 238 && pixel_y < 270 && pixel_x > 369 && pixel_x < 379 ||
//1
pixel_y > 195 && pixel_y < 205 && pixel_x > 412 && pixel_x < 432 ||
//3
pixel_y > 265 && pixel_y < 275 && pixel_x > 412 && pixel_x < 432 ||
//2
pixel_y > 230 && pixel_y < 240 && pixel_x > 412 && pixel_x < 432 ||
//5
pixel_y > 200 && pixel_y < 232 && pixel_x > 437 && pixel_x < 447 ||
//7
pixel_y > 238 && pixel_y < 270 && pixel_x > 437 && pixel_x < 447;
            
          end
else if (ttime== 14)
          begin 
          d <= 
            ////5
pixel_y > 200 && pixel_y < 232 && pixel_x > 369 && pixel_x < 379 ||
////7
pixel_y > 238 && pixel_y < 270 && pixel_x > 369 && pixel_x < 379 ||

//2
pixel_y > 230 && pixel_y < 240 && pixel_x > 412 && pixel_x < 432 ||
//4
pixel_y > 200 && pixel_y < 232 && pixel_x > 397 && pixel_x < 407 ||

//5
pixel_y > 200 && pixel_y < 232 && pixel_x > 437 && pixel_x < 447 ||
//7
pixel_y > 238 && pixel_y < 270 && pixel_x > 437 && pixel_x < 447;
            
          end
else if (ttime== 15)
          begin 
          d <= 
            ////5
pixel_y > 200 && pixel_y < 232 && pixel_x > 369 && pixel_x < 379 ||
////7
pixel_y > 238 && pixel_y < 270 && pixel_x > 369 && pixel_x < 379 ||
//1
pixel_y > 195 && pixel_y < 205 && pixel_x > 412 && pixel_x < 432 ||
//3
pixel_y > 265 && pixel_y < 275 && pixel_x > 412 && pixel_x < 432 ||
//2
pixel_y > 230 && pixel_y < 240 && pixel_x > 412 && pixel_x < 432 ||
//4
pixel_y > 200 && pixel_y < 232 && pixel_x > 397 && pixel_x < 407 ||
//7
pixel_y > 238 && pixel_y < 270 && pixel_x > 437 && pixel_x < 447;
            
          end
else if (ttime== 16)
          begin 
          d <= 
            ////5
pixel_y > 200 && pixel_y < 232 && pixel_x > 369 && pixel_x < 379 ||
////7
pixel_y > 238 && pixel_y < 270 && pixel_x > 369 && pixel_x < 379 ||
//1
pixel_y > 195 && pixel_y < 205 && pixel_x > 412 && pixel_x < 432 ||
//3
pixel_y > 265 && pixel_y < 275 && pixel_x > 412 && pixel_x < 432 ||
//2
pixel_y > 230 && pixel_y < 240 && pixel_x > 412 && pixel_x < 432 ||
//4
pixel_y > 200 && pixel_y < 232 && pixel_x > 397 && pixel_x < 407 ||
//6
pixel_y > 238 && pixel_y < 270 && pixel_x > 397 && pixel_x < 407 ||
//7
pixel_y > 238 && pixel_y < 270 && pixel_x > 437 && pixel_x < 447;
            
          end
else if (ttime== 17)
          begin 
          d <= 
            ////5
pixel_y > 200 && pixel_y < 232 && pixel_x > 369 && pixel_x < 379 ||
////7
pixel_y > 238 && pixel_y < 270 && pixel_x > 369 && pixel_x < 379 ||
//1
pixel_y > 195 && pixel_y < 205 && pixel_x > 412 && pixel_x < 432 ||



//5
pixel_y > 200 && pixel_y < 232 && pixel_x > 437 && pixel_x < 447 ||
//7
pixel_y > 238 && pixel_y < 270 && pixel_x > 437 && pixel_x < 447;
            
          end
else if (ttime== 18)
          begin 
          d <= 
            ////5
pixel_y > 200 && pixel_y < 232 && pixel_x > 369 && pixel_x < 379 ||
////7
pixel_y > 238 && pixel_y < 270 && pixel_x > 369 && pixel_x < 379 ||
//1
pixel_y > 195 && pixel_y < 205 && pixel_x > 412 && pixel_x < 432 ||
//3
pixel_y > 265 && pixel_y < 275 && pixel_x > 412 && pixel_x < 432 ||
//2
pixel_y > 230 && pixel_y < 240 && pixel_x > 412 && pixel_x < 432 ||
//4
pixel_y > 200 && pixel_y < 232 && pixel_x > 397 && pixel_x < 407 ||
//6
pixel_y > 238 && pixel_y < 270 && pixel_x > 397 && pixel_x < 407 ||
//5
pixel_y > 200 && pixel_y < 232 && pixel_x > 437 && pixel_x < 447 ||
//7
pixel_y > 238 && pixel_y < 270 && pixel_x > 437 && pixel_x < 447;
            
          end
else if (ttime== 19)
          begin 
          d <= 
            ////5
pixel_y > 200 && pixel_y < 232 && pixel_x > 369 && pixel_x < 379 ||
////7
pixel_y > 238 && pixel_y < 270 && pixel_x > 369 && pixel_x < 379 ||
//1
pixel_y > 195 && pixel_y < 205 && pixel_x > 412 && pixel_x < 432 ||
//2
pixel_y > 230 && pixel_y < 240 && pixel_x > 412 && pixel_x < 432 ||
//4
pixel_y > 200 && pixel_y < 232 && pixel_x > 397 && pixel_x < 407 ||

//5
pixel_y > 200 && pixel_y < 232 && pixel_x > 437 && pixel_x < 447 ||
//7
pixel_y > 238 && pixel_y < 270 && pixel_x > 437 && pixel_x < 447;
            
          end
else if (ttime== 20)
          begin 
          d <= 
            // //1
pixel_y > 195 && pixel_y < 205 && pixel_x > 344 && pixel_x < 364 ||
////2
pixel_y > 230 && pixel_y < 240 && pixel_x > 344 && pixel_x < 364 ||
////3
pixel_y > 265 && pixel_y < 275 && pixel_x > 344 && pixel_x < 364 ||

////6
pixel_y > 238 && pixel_y < 270 && pixel_x > 329 && pixel_x < 339 ||
////5
pixel_y > 200 && pixel_y < 232 && pixel_x > 369 && pixel_x < 379 ||
//1
pixel_y > 195 && pixel_y < 205 && pixel_x > 412 && pixel_x < 432 ||
//3
pixel_y > 265 && pixel_y < 275 && pixel_x > 412 && pixel_x < 432 ||
//4
pixel_y > 200 && pixel_y < 232 && pixel_x > 397 && pixel_x < 407 ||
//6
pixel_y > 238 && pixel_y < 270 && pixel_x > 397 && pixel_x < 407 ||
//5
pixel_y > 200 && pixel_y < 232 && pixel_x > 437 && pixel_x < 447 ||
//7
pixel_y > 238 && pixel_y < 270 && pixel_x > 437 && pixel_x < 447;
            
          end
else if (ttime== 21)
          begin 
          d <= 
            // //1
pixel_y > 195 && pixel_y < 205 && pixel_x > 344 && pixel_x < 364 ||
////3
pixel_y > 265 && pixel_y < 275 && pixel_x > 344 && pixel_x < 364 ||
////2
pixel_y > 230 && pixel_y < 240 && pixel_x > 344 && pixel_x < 364 ||

////6
pixel_y > 238 && pixel_y < 270 && pixel_x > 329 && pixel_x < 339 ||
////5
pixel_y > 200 && pixel_y < 232 && pixel_x > 369 && pixel_x < 379 ||

//5
pixel_y > 200 && pixel_y < 232 && pixel_x > 437 && pixel_x < 447 ||
//7
pixel_y > 238 && pixel_y < 270 && pixel_x > 437 && pixel_x < 447;
            
          end
else if (ttime== 22)
          begin 
          d <= 
            // //1
pixel_y > 195 && pixel_y < 205 && pixel_x > 344 && pixel_x < 364 ||
////3
pixel_y > 265 && pixel_y < 275 && pixel_x > 344 && pixel_x < 364 ||
////2
pixel_y > 230 && pixel_y < 240 && pixel_x > 344 && pixel_x < 364 ||

////6
pixel_y > 238 && pixel_y < 270 && pixel_x > 329 && pixel_x < 339 ||
////5
pixel_y > 200 && pixel_y < 232 && pixel_x > 369 && pixel_x < 379 ||
//1
pixel_y > 195 && pixel_y < 205 && pixel_x > 412 && pixel_x < 432 ||
//3
pixel_y > 265 && pixel_y < 275 && pixel_x > 412 && pixel_x < 432 ||
//2
pixel_y > 230 && pixel_y < 240 && pixel_x > 412 && pixel_x < 432 ||
//6
pixel_y > 238 && pixel_y < 270 && pixel_x > 397 && pixel_x < 407 ||
//5
pixel_y > 200 && pixel_y < 232 && pixel_x > 437 && pixel_x < 447;
            
          end
else if (ttime== 23)
          begin 
          d <= 
            // //1
pixel_y > 195 && pixel_y < 205 && pixel_x > 344 && pixel_x < 364 ||
////3
pixel_y > 265 && pixel_y < 275 && pixel_x > 344 && pixel_x < 364 ||
////2
pixel_y > 230 && pixel_y < 240 && pixel_x > 344 && pixel_x < 364 ||

////6
pixel_y > 238 && pixel_y < 270 && pixel_x > 329 && pixel_x < 339 ||
////5
pixel_y > 200 && pixel_y < 232 && pixel_x > 369 && pixel_x < 379 ||
//1
pixel_y > 195 && pixel_y < 205 && pixel_x > 412 && pixel_x < 432 ||
//3
pixel_y > 265 && pixel_y < 275 && pixel_x > 412 && pixel_x < 432 ||
//2
pixel_y > 230 && pixel_y < 240 && pixel_x > 412 && pixel_x < 432 ||
//5
pixel_y > 200 && pixel_y < 232 && pixel_x > 437 && pixel_x < 447 ||
//7
pixel_y > 238 && pixel_y < 270 && pixel_x > 437 && pixel_x < 447;
            
          end

else if (ttime== 24)
          begin 
          d <= 
            // //1
pixel_y > 195 && pixel_y < 205 && pixel_x > 344 && pixel_x < 364 ||
////3
pixel_y > 265 && pixel_y < 275 && pixel_x > 344 && pixel_x < 364 ||
////2
pixel_y > 230 && pixel_y < 240 && pixel_x > 344 && pixel_x < 364 ||

////6
pixel_y > 238 && pixel_y < 270 && pixel_x > 329 && pixel_x < 339 ||
////5
pixel_y > 200 && pixel_y < 232 && pixel_x > 369 && pixel_x < 379 ||

//2
pixel_y > 230 && pixel_y < 240 && pixel_x > 412 && pixel_x < 432 ||
//4
pixel_y > 200 && pixel_y < 232 && pixel_x > 397 && pixel_x < 407 ||

//5
pixel_y > 200 && pixel_y < 232 && pixel_x > 437 && pixel_x < 447 ||
//7
pixel_y > 238 && pixel_y < 270 && pixel_x > 437 && pixel_x < 447;
            
          end
else if (ttime== 25)
          begin 
          d <= 
          // //1
pixel_y > 195 && pixel_y < 205 && pixel_x > 344 && pixel_x < 364 ||
////3
pixel_y > 265 && pixel_y < 275 && pixel_x > 344 && pixel_x < 364 ||
////2
pixel_y > 230 && pixel_y < 240 && pixel_x > 344 && pixel_x < 364 ||

////6
pixel_y > 238 && pixel_y < 270 && pixel_x > 329 && pixel_x < 339 ||
////5
pixel_y > 200 && pixel_y < 232 && pixel_x > 369 && pixel_x < 379 ||
            //1
pixel_y > 195 && pixel_y < 205 && pixel_x > 412 && pixel_x < 432 ||
//3
pixel_y > 265 && pixel_y < 275 && pixel_x > 412 && pixel_x < 432 ||
//2
pixel_y > 230 && pixel_y < 240 && pixel_x > 412 && pixel_x < 432 ||
//4
pixel_y > 200 && pixel_y < 232 && pixel_x > 397 && pixel_x < 407 ||
//7
pixel_y > 238 && pixel_y < 270 && pixel_x > 437 && pixel_x < 447;
            
          end
else if (ttime== 26)
          begin 
          d <= 
            // //1
pixel_y > 195 && pixel_y < 205 && pixel_x > 344 && pixel_x < 364 ||
////3
pixel_y > 265 && pixel_y < 275 && pixel_x > 344 && pixel_x < 364 ||
////2
pixel_y > 230 && pixel_y < 240 && pixel_x > 344 && pixel_x < 364 ||

////6
pixel_y > 238 && pixel_y < 270 && pixel_x > 329 && pixel_x < 339 ||
////5
pixel_y > 200 && pixel_y < 232 && pixel_x > 369 && pixel_x < 379 ||
//1
pixel_y > 195 && pixel_y < 205 && pixel_x > 412 && pixel_x < 432 ||
//3
pixel_y > 265 && pixel_y < 275 && pixel_x > 412 && pixel_x < 432 ||
//2
pixel_y > 230 && pixel_y < 240 && pixel_x > 412 && pixel_x < 432 ||
//4
pixel_y > 200 && pixel_y < 232 && pixel_x > 397 && pixel_x < 407 ||
//6
pixel_y > 238 && pixel_y < 270 && pixel_x > 397 && pixel_x < 407 ||
//7
pixel_y > 238 && pixel_y < 270 && pixel_x > 437 && pixel_x < 447;
            
          end
else if (ttime== 27)
          begin 
          d <= 
            // //1
pixel_y > 195 && pixel_y < 205 && pixel_x > 344 && pixel_x < 364 ||
////3
pixel_y > 265 && pixel_y < 275 && pixel_x > 344 && pixel_x < 364 ||
////2
pixel_y > 230 && pixel_y < 240 && pixel_x > 344 && pixel_x < 364 ||

////6
pixel_y > 238 && pixel_y < 270 && pixel_x > 329 && pixel_x < 339 ||
////5
pixel_y > 200 && pixel_y < 232 && pixel_x > 369 && pixel_x < 379 ||
//1
pixel_y > 195 && pixel_y < 205 && pixel_x > 412 && pixel_x < 432 ||



//5
pixel_y > 200 && pixel_y < 232 && pixel_x > 437 && pixel_x < 447 ||
//7
pixel_y > 238 && pixel_y < 270 && pixel_x > 437 && pixel_x < 447;
            
          end
else if (ttime== 28)
          begin 
          d <= 
            // //1
pixel_y > 195 && pixel_y < 205 && pixel_x > 344 && pixel_x < 364 ||
////3
pixel_y > 265 && pixel_y < 275 && pixel_x > 344 && pixel_x < 364 ||
////2
pixel_y > 230 && pixel_y < 240 && pixel_x > 344 && pixel_x < 364 ||

////6
pixel_y > 238 && pixel_y < 270 && pixel_x > 329 && pixel_x < 339 ||
////5
pixel_y > 200 && pixel_y < 232 && pixel_x > 369 && pixel_x < 379 ||
//1
pixel_y > 195 && pixel_y < 205 && pixel_x > 412 && pixel_x < 432 ||
//3
pixel_y > 265 && pixel_y < 275 && pixel_x > 412 && pixel_x < 432 ||
//2
pixel_y > 230 && pixel_y < 240 && pixel_x > 412 && pixel_x < 432 ||
//4
pixel_y > 200 && pixel_y < 232 && pixel_x > 397 && pixel_x < 407 ||
//6
pixel_y > 238 && pixel_y < 270 && pixel_x > 397 && pixel_x < 407 ||
//5
pixel_y > 200 && pixel_y < 232 && pixel_x > 437 && pixel_x < 447 ||
//7
pixel_y > 238 && pixel_y < 270 && pixel_x > 437 && pixel_x < 447;
            
            
          end
else if (ttime== 29)
          begin 
          d <= 
            // //1
pixel_y > 195 && pixel_y < 205 && pixel_x > 344 && pixel_x < 364 ||
////3
pixel_y > 265 && pixel_y < 275 && pixel_x > 344 && pixel_x < 364 ||
////2
pixel_y > 230 && pixel_y < 240 && pixel_x > 344 && pixel_x < 364 ||

////6
pixel_y > 238 && pixel_y < 270 && pixel_x > 329 && pixel_x < 339 ||
////5
pixel_y > 200 && pixel_y < 232 && pixel_x > 369 && pixel_x < 379 ||
//1
pixel_y > 195 && pixel_y < 205 && pixel_x > 412 && pixel_x < 432 ||
//2
pixel_y > 230 && pixel_y < 240 && pixel_x > 412 && pixel_x < 432 ||
//4
pixel_y > 200 && pixel_y < 232 && pixel_x > 397 && pixel_x < 407 ||

//5
pixel_y > 200 && pixel_y < 232 && pixel_x > 437 && pixel_x < 447 ||
//7
pixel_y > 238 && pixel_y < 270 && pixel_x > 437 && pixel_x < 447;
            
          end

else if (ttime== 30)
          begin 
          d <= 
            // //1
pixel_y > 195 && pixel_y < 205 && pixel_x > 344 && pixel_x < 364 ||
////3
pixel_y > 265 && pixel_y < 275 && pixel_x > 344 && pixel_x < 364 ||
////2
pixel_y > 230 && pixel_y < 240 && pixel_x > 344 && pixel_x < 364 ||
////7
pixel_y > 238 && pixel_y < 270 && pixel_x > 369 && pixel_x < 379 ||

////5
pixel_y > 200 && pixel_y < 232 && pixel_x > 369 && pixel_x < 379 ||


//1
pixel_y > 195 && pixel_y < 205 && pixel_x > 412 && pixel_x < 432 ||
//3
pixel_y > 265 && pixel_y < 275 && pixel_x > 412 && pixel_x < 432 ||

//4
pixel_y > 200 && pixel_y < 232 && pixel_x > 397 && pixel_x < 407 ||
//6
pixel_y > 238 && pixel_y < 270 && pixel_x > 397 && pixel_x < 407 ||
//5
pixel_y > 200 && pixel_y < 232 && pixel_x > 437 && pixel_x < 447 ||
//7
pixel_y > 238 && pixel_y < 270 && pixel_x > 437 && pixel_x < 447;
            
          end
          
          
          if (ttime == 0 && count < 16)
          begin 
           e <= pixel_y > 280 && pixel_y < 340 && pixel_x > 256 && pixel_x < 266 ||
pixel_y > 330 && pixel_y < 340 && pixel_x > 256 && pixel_x < 296 ||
pixel_y > 280 && pixel_y < 340 && pixel_x > 306 && pixel_x < 316 ||
pixel_y > 280 && pixel_y < 340 && pixel_x > 336 && pixel_x < 346 ||
pixel_y > 280 && pixel_y < 290 && pixel_x > 306 && pixel_x < 346 ||
pixel_y > 330 && pixel_y < 340 && pixel_x > 306 && pixel_x < 346 ||
pixel_y > 280 && pixel_y < 290 && pixel_x > 306 && pixel_x < 346 ||
pixel_y > 280 && pixel_y < 290 && pixel_x > 366 && pixel_x < 406 ||
pixel_y > 290 && pixel_y < 310 && pixel_x > 366 && pixel_x < 376 ||
pixel_y > 310 && pixel_y < 320 && pixel_x > 366 && pixel_x < 406 ||
pixel_y > 330 && pixel_y < 340 && pixel_x > 366 && pixel_x < 406 ||
pixel_y > 310 && pixel_y < 320 && pixel_x > 396 && pixel_x < 406 ||
pixel_y > 280 && pixel_y < 340 && pixel_x > 426 && pixel_x < 436 ||
pixel_y > 280 && pixel_y < 290 && pixel_x > 426 && pixel_x < 466 ||
pixel_y > 310 && pixel_y < 320 && pixel_x > 426 && pixel_x < 466 ||
pixel_y > 330 && pixel_y < 340 && pixel_x > 426 && pixel_x < 466 ||
pixel_y > 320 && pixel_y < 330 && pixel_x > 396 && pixel_x < 406;
          end
          
          if (count >= 16 && ttime > 0) 
          begin
           f <= pixel_y > 280 && pixel_y < 290 && pixel_x > 276 && pixel_x < 286 ||
pixel_y > 280 && pixel_y < 290 && pixel_x > 296 && pixel_x < 306 ||
pixel_y > 300 && pixel_y < 310 && pixel_x > 256 && pixel_x < 266 ||
pixel_y > 300 && pixel_y < 310 && pixel_x > 316 && pixel_x < 326 ||
pixel_y > 310 && pixel_y < 320 && pixel_x > 266 && pixel_x < 276 ||
pixel_y > 310 && pixel_y < 320 && pixel_x > 306 && pixel_x < 316 ||
pixel_y > 320 && pixel_y < 330 && pixel_x > 276 && pixel_x < 306;
          end
          
          
      end 
// //1
//pixel_y > 195 && pixel_y < 205 && pixel_x > 208 && pixel_x < 228 ||
////3
//pixel_y > 265 && pixel_y < 275 && pixel_x > 208 && pixel_x < 228 ||
////2
//pixel_y > 230 && pixel_y < 240 && pixel_x > 208 && pixel_x < 228 ||
////4
//pixel_y > 200 && pixel_y < 232 && pixel_x > 193 && pixel_x < 203 ||
////6
//pixel_y > 238 && pixel_y < 270 && pixel_x > 193 && pixel_x < 203 ||
////5
//pixel_y > 200 && pixel_y < 232 && pixel_x > 233 && pixel_x < 243 ||
////7
//pixel_y > 238 && pixel_y < 270 && pixel_x > 233 && pixel_x < 243 ||     
      
//   always @ (posedge clk_d)
//      begin 
//      if (num[0] == 0 && num[1] == 0)
//          begin
//         b <=  pixel_x > 52 && pixel_x < 97 && pixel_y > 52 && pixel_y < 97;
//          end
//      else if (num[0] == 1 && num[1] == 0)
//          begin
//          b <= pixel_x > 52 && pixel_x < 97 && pixel_y > 149 && pixel_y < 194;
//          end
//        else if (num[0] == 0 && num[1] == 1)
//          begin
//          b <= pixel_x > 52 && pixel_x < 97 && pixel_y > 246 && pixel_y < 291;
//          end 
//        else if (num[0] == 1 && num[1] == 1)
//          begin
//          b <= pixel_x > 52 && pixel_x < 97 && pixel_y > 343 && pixel_y < 388;
//          end 
//      end 
                      
           
  
  always @ (posedge clk_d) begin 
    if ((pixel_x ==0)||(pixel_x == 639)||(pixel_y ==0)||(pixel_y ==479)) begin 
      red <= 4'h0;
      green <= 4'h0;
      blue <= 4'h0;
    end
  else begin
  green <= video_on ? ( /* pixel_x > 20 && pixel_y > 20 && pixel_y < 420 && pixel_x < 30 || 
                        pixel_x > 20 && pixel_x < 119 && pixel_y < 30 && pixel_y > 20 || 
                        pixel_x > 20 && pixel_x < 420 && pixel_y > 410 && pixel_y < 420 || 
                        pixel_x > 410 && pixel_x < 420 && pixel_y > 20 && pixel_y < 420 ||  
                        pixel_x > 470 && pixel_x < 570 && pixel_y > 60 && pixel_y < 120 || 
                        pixel_x > 119 && pixel_x < 127 && pixel_y > 20 && pixel_y < 420 ||  
                        pixel_x > 216 && pixel_x < 224 && pixel_y > 20 && pixel_y < 420 || 
                        pixel_x > 321 && pixel_x < 329 && pixel_y > 20 && pixel_y < 420 || 
                        pixel_x > 470 && pixel_x < 570 && pixel_y > 60 && pixel_y < 120 || 
                     pixel_y > 119 && pixel_y < 127 && pixel_x > 20 && pixel_x < 420 || 
                     pixel_y > 216 && pixel_y < 224 && pixel_x > 20 && pixel_x < 420 ||
                      pixel_y > 313 && pixel_y < 321 && pixel_x > 20 && pixel_x < 420 || b */
                      
//W
pixel_y > 30 && pixel_y < 70 && pixel_x > 190 && pixel_x < 200 ||
pixel_y > 60 && pixel_y < 70 && pixel_x > 190 && pixel_x < 240 ||
pixel_y > 30 && pixel_y < 70 && pixel_x > 230 && pixel_x < 240 ||
pixel_y > 50 && pixel_y < 70 && pixel_x > 210 && pixel_x < 220 ||
//H
pixel_y > 30 && pixel_y < 70 && pixel_x > 250 && pixel_x < 260 ||
pixel_y > 30 && pixel_y < 70 && pixel_x > 270 && pixel_x < 280 ||
pixel_y > 45 && pixel_y < 55 && pixel_x > 260 && pixel_x < 270 ||
//A
pixel_y > 30 && pixel_y < 70 && pixel_x > 290 && pixel_x < 300 ||
pixel_y > 30 && pixel_y < 70 && pixel_x > 310 && pixel_x < 320 ||
pixel_y > 30 && pixel_y < 40 && pixel_x > 300 && pixel_x < 310 ||
pixel_y > 50 && pixel_y < 60 && pixel_x > 300 && pixel_x < 310 ||
//C
pixel_y > 30 && pixel_y < 70 && pixel_x > 330 && pixel_x < 340 ||
pixel_y > 30 && pixel_y < 40 && pixel_x > 330 && pixel_x < 360 ||
pixel_y > 60 && pixel_y < 70 && pixel_x > 330 && pixel_x < 360 ||
//dash
pixel_y > 45 && pixel_y < 55 && pixel_x > 360 && pixel_x < 380 ||
//I
pixel_y > 30 && pixel_y < 40 && pixel_x > 380 && pixel_x < 410 ||
pixel_y > 60 && pixel_y < 70 && pixel_x > 380 && pixel_x < 410 || 
pixel_y > 40 && pixel_y < 60 && pixel_x > 390 && pixel_x < 400 ||
//T
pixel_y > 30 && pixel_y < 40 && pixel_x > 420 && pixel_x < 450 ||
pixel_y > 40 && pixel_y < 70 && pixel_x > 430 && pixel_x < 440 || a
/*Up line 
pixel_y > 80 && pixel_y < 88 && pixel_x > 180 && pixel_x < 460 || 
//Down line
pixel_y > 148 && pixel_y < 156 && pixel_x > 180 && pixel_x < 460 ||
//Left line
pixel_y > 80 && pixel_y < 156 && pixel_x > 180 && pixel_x < 188 ||
//Right line
pixel_y > 80 && pixel_y < 156 && pixel_x > 452 && pixel_x < 460 ||
//firstline
pixel_y > 80 && pixel_y < 148 && pixel_x > 248 && pixel_x < 256 ||
//secondline 
pixel_y > 80 && pixel_y < 148 && pixel_x > 316 && pixel_x < 324 ||
//thirdline
pixel_y > 80 && pixel_y < 148 && pixel_x > 384 && pixel_x < 392 */


                      
                      
                      
                      ? 4'hF : 4'h0) : (4'h0);  
red <= video_on ? (  /*pixel_x > 20 && pixel_y > 20 && pixel_y < 420 && pixel_x < 30 ||
                     pixel_x > 20 && pixel_x < 119 && pixel_y < 30 && pixel_y > 20 || 
                     pixel_x > 20 && pixel_x < 119 && pixel_y > 410 && pixel_y < 420 || 
                     pixel_x > 410 && pixel_x < 420 && pixel_y > 20 && pixel_y < 420 ||  
                     pixel_x > 470 && pixel_x < 570 && pixel_y > 60 && pixel_y < 120 || 
                     pixel_x > 119 && pixel_x < 127 && pixel_y > 20 && pixel_y < 420 ||  
                     pixel_x > 216 && pixel_x < 224 && pixel_y > 20 && pixel_y < 420 || 
                     pixel_x > 321 && pixel_x < 329 && pixel_y > 20 && pixel_y < 420 || 
                     pixel_x > 470 && pixel_x < 570 && pixel_y > 60 && pixel_y < 120 || 
                     pixel_y > 119 && pixel_y < 127 && pixel_x > 20 && pixel_x < 420 || 
                     pixel_y > 216 && pixel_y < 224 && pixel_x > 20 && pixel_x < 420 ||
                      pixel_y > 313 && pixel_y < 321 && pixel_x > 20 && pixel_x < 420 */
//number 1
//pixel_y > 180 && pixel_y < 280 && pixel_x > 188 && pixel_x < 248 ||
//number 2
//pixel_y > 180 && pixel_y < 280 && pixel_x > 256 && pixel_x < 316 ||
//number 3
//pixel_y > 180 && pixel_y < 280 && pixel_x > 324 && pixel_x < 384 ||
//number 4
//pixel_y > 180 && pixel_y < 280 && pixel_x > 392 && pixel_x < 452 || 
b ||
//1
/*pixel_y > 195 && pixel_y < 205 && pixel_x > 208 && pixel_x < 228 ||
//2
pixel_y > 265 && pixel_y < 275 && pixel_x > 208 && pixel_x < 228 ||
//3
pixel_y > 230 && pixel_y < 240 && pixel_x > 208 && pixel_x < 228 ||
//4
pixel_y > 200 && pixel_y < 232 && pixel_x > 193 && pixel_x < 203 ||
//6
pixel_y > 238 && pixel_y < 270 && pixel_x > 193 && pixel_x < 203 ||
//5
pixel_y > 200 && pixel_y < 232 && pixel_x > 233 && pixel_x < 243 ||
//7
pixel_y > 238 && pixel_y < 270 && pixel_x > 233 && pixel_x < 243 ||*/ c || d
/*
//1
pixel_y > 195 && pixel_y < 205 && pixel_x > 276 && pixel_x < 296 ||
//2
pixel_y > 265 && pixel_y < 275 && pixel_x > 276 && pixel_x < 296 ||
//3
pixel_y > 230 && pixel_y < 240 && pixel_x > 276 && pixel_x < 296 ||
//4
pixel_y > 200 && pixel_y < 232 && pixel_x > 261 && pixel_x < 271 ||
//6
pixel_y > 238 && pixel_y < 270 && pixel_x > 261 && pixel_x < 271 ||
//5
pixel_y > 200 && pixel_y < 232 && pixel_x > 301 && pixel_x < 311 ||
//7
pixel_y > 238 && pixel_y < 270 && pixel_x > 301 && pixel_x < 311 */



                      ? 4'hF : 4'h0) : (4'h0);
blue <= video_on ? (/* pixel_x > 20 && pixel_y > 20 && pixel_y < 420 && pixel_x < 30 || 
                     pixel_x > 20 && pixel_x < 119 && pixel_y < 30 && pixel_y > 20 || 
                     pixel_x > 20 && pixel_x < 119 && pixel_y > 410 && pixel_y < 420 || 
                     pixel_x > 410 && pixel_x < 420 && pixel_y > 20 && pixel_y < 420 ||  
                     pixel_x > 470 && pixel_x < 570 && pixel_y > 60 && pixel_y < 120 || 
                     pixel_x > 119 && pixel_x < 127 && pixel_y > 20 && pixel_y < 420 ||  
                     pixel_x > 216 && pixel_x < 224 && pixel_y > 20 && pixel_y < 420 || 
                     pixel_x > 321 && pixel_x < 329 && pixel_y > 20 && pixel_y < 420 || 
                     pixel_x > 470 && pixel_x < 570 && pixel_y > 60 && pixel_y < 120 || 
                     pixel_y > 119 && pixel_y < 127 && pixel_x > 20 && pixel_x < 420 || 
                     pixel_y > 216 && pixel_y < 224 && pixel_x > 20 && pixel_x < 420 ||
                      pixel_y > 313 && pixel_y < 321 && pixel_x > 20 && pixel_x < 420 || a */
/*box 1
pixel_y > 98 && pixel_y < 138 && pixel_x > 198 && pixel_x < 238 ||
//box 2
pixel_y > 98 && pixel_y < 138 && pixel_x > 266 && pixel_x < 306 ||
//box 3
pixel_y > 98 && pixel_y < 138 && pixel_x > 334 && pixel_x < 374 ||
//box 4
pixel_y > 98 && pixel_y < 138 && pixel_x > 402 && pixel_x < 442 || */
//mole1 
//pixel_y > 103 && pixel_y < 133 && pixel_x > 203 && pixel_x < 233 ||
//mole2
//pixel_y > 103 && pixel_y < 133 && pixel_x > 271 && pixel_x < 301 ||
//mole3
//pixel_y > 103 && pixel_y < 133 && pixel_x > 339 && pixel_x < 369 ||
//mole4
//pixel_y > 103 && pixel_y < 133 && pixel_x > 407 && pixel_x < 437 
//Up line 
pixel_y > 80 && pixel_y < 88 && pixel_x > 180 && pixel_x < 460 || 
//Down line
pixel_y > 148 && pixel_y < 156 && pixel_x > 180 && pixel_x < 460 ||
//Left line
pixel_y > 80 && pixel_y < 156 && pixel_x > 180 && pixel_x < 188 ||
//Right line
pixel_y > 80 && pixel_y < 156 && pixel_x > 452 && pixel_x < 460 ||
//firstline
pixel_y > 80 && pixel_y < 148 && pixel_x > 248 && pixel_x < 256 ||
//secondline 
pixel_y > 80 && pixel_y < 148 && pixel_x > 316 && pixel_x < 324 ||
//thirdline
pixel_y > 80 && pixel_y < 148 && pixel_x > 384 && pixel_x < 392 || e || f

                      ? 4'hF : 4'h0) : (4'h0);
   end
   
  
  end
  
 
   
 
endmodule